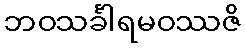
ဘဝသင်္ခါရမဝဿဇိ